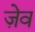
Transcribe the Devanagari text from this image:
ज़ेव